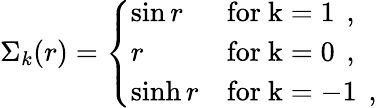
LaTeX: \Sigma_{k}(r)=\left\{ \begin{array}{ll}{{\sin r}}&{{\mathrm{for~k=1~}\, ,}}\\ {{r}}&{{\mathrm{for~k=0~}\, ,}}\\ {{\sinh r}}&{{\mathrm{for~k=-1~}\, ,}}\end{array}\right.